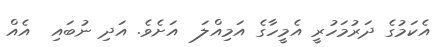
އެކަމުގެ ދަރުމަހުރީ އެމީހާގެ އަމިއްލަ  އަށެވެ. އަދި ނުބައި  އެއް